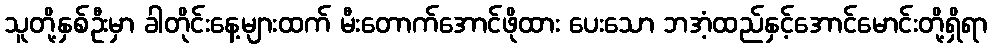
သူတို့နှစ်ဦးမှာ ခါတိုင်းနေ့များထက် မီးတောက်အောင်ဖိုထား ပေးသော ဘအံ့ထည်နှင့်အောင်မောင်းတို့ရှိရာ